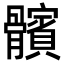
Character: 髕